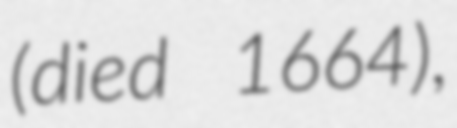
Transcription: (died 1664),